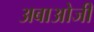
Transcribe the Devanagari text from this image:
अबाओजी